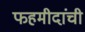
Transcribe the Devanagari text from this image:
फहमीदांची